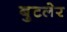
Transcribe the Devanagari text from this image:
बुटलेर